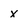
Character: X